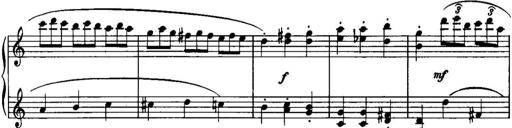
Title: Piano Sonatina No.1, Op.146
Composer: Stephen Heller